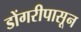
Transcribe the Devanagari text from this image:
डोंगरीपासून